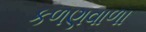
કળણવાળા